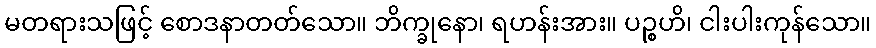
မတရားသဖြင့် စောဒနာတတ်သော။ ဘိက္ခုနော၊ ရဟန်းအား။ ပဉ္စဟိ၊ ငါးပါးကုန်သော။